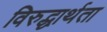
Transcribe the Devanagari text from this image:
विरुद्धार्थता